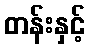
တန်းနှင့်